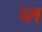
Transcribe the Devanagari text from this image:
च्ल